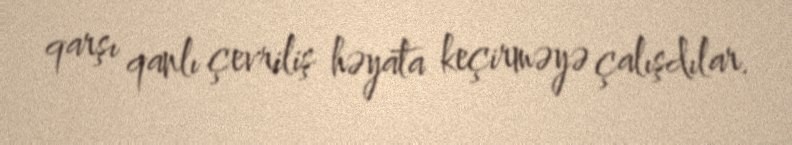
qarşı qanlı çevriliş həyata keçirməyə çalışdılar.